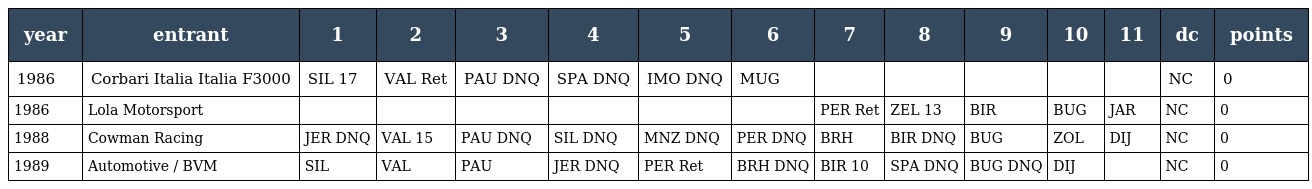
| year | entrant | 1 | 2 | 3 | 4 | 5 | 6 | 7 | 8 | 9 | 10 | 11 | dc | points |
 | --- | --- | --- | --- | --- | --- | --- | --- | --- | --- | --- | --- | --- | --- | --- |
 | 1986 | Corbari Italia Italia F3000 | SIL 17 | VAL Ret | PAU DNQ | SPA DNQ | IMO DNQ | MUG |  |  |  |  |  | NC | 0 |
 | 1986 | Lola Motorsport |  |  |  |  |  |  | PER Ret | ZEL 13 | BIR | BUG | JAR | NC | 0 |
 | 1988 | Cowman Racing | JER DNQ | VAL 15 | PAU DNQ | SIL DNQ | MNZ DNQ | PER DNQ | BRH | BIR DNQ | BUG | ZOL | DIJ | NC | 0 |
 | 1989 | Automotive / BVM | SIL | VAL | PAU | JER DNQ | PER Ret | BRH DNQ | BIR 10 | SPA DNQ | BUG DNQ | DIJ |  | NC | 0 |